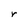
Character: r